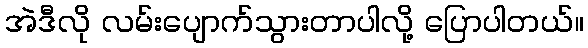
အဲဒီလို လမ်းပျောက်သွားတာပါလို့ ပြောပါတယ်။